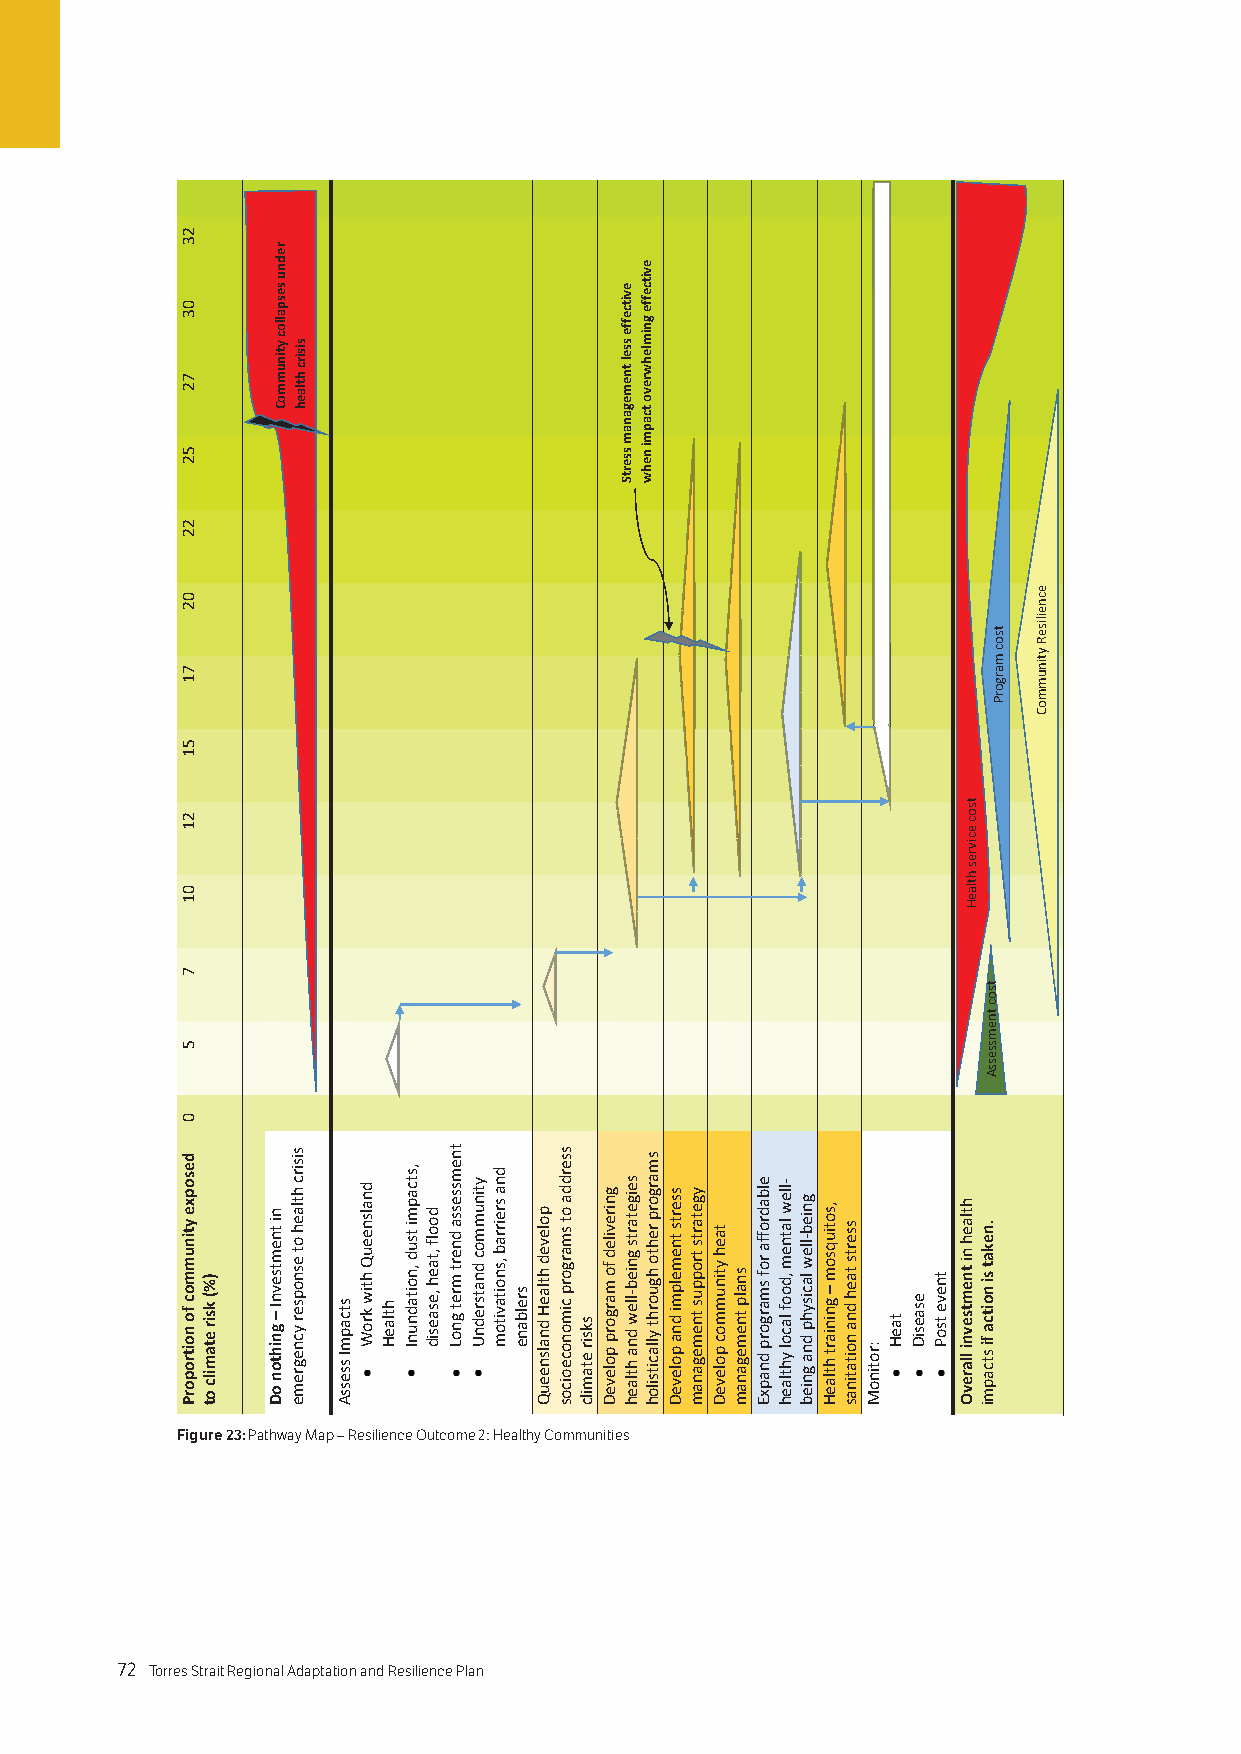
Figure 23: Pathway Map – Resilience Outcome 2: Healthy Communities
 72 Torres Strait Regional Adaptation and Resilience Plan
 23
 03
 72
 52
 22
 02
 71
 51
 21
 01
 7
 5
 0
 desopxe
 ytinummoc
 fo noitroporP )%( ksir etamilc
 ot
 ni
 tnemtsevnI
 – gnihton
 oD
 rednu
 sespalloc
 ytinummoC sisirc
 htlaeh
 sisirc
 htlaeh
 ot
 esnopser ycnegreme stcapmI
 ssessA
 dnalsneeuQ
 htiw kroW htlaeH
 ,stcapmi
 tsud
 ,noitadnunI
 doolf
 ,taeh ,esaesid
 tnemssessa
 dnert
 mret gnoL
 ytinummoc
 dnatsrednU
 dna
 sreirrab
 ,snoitavitom srelbane
 poleved
 htlaeH dnalsneeuQ
 sserdda
 ot
 smargorp
 cimonoceoicos sksir
 etamilc
 gnireviled
 fo margorp
 poleveD
 evitceffe
 ssel
 tnemeganam
 ssertS
 seigetarts
 gnieb-llew dna
 htlaeh
 evitceffe
 gnimlehwrevo
 tcapmi
 nehw
 smargorp
 rehto
 hguorht yllacitsiloh
 sserts
 tnemelpmi
 dna
 poleveD
 ygetarts
 troppus tnemeganam
 taeh
 ytinummoc
 poleveD
 snalp tnemeganam
 elbadroffa
 rof smargorp
 dnapxE
 -llew
 latnem
 ,doof lacol
 yhtlaeh
 gnieb-llew
 lacisyhp dna
 gnieb
 ,sotiuqsom
 – gniniart
 htlaeH
 sserts
 taeh dna noitatinas
 :rotinoM
 taeH esaesiD tneve tsoP
 htlaeh
 ni tnemtsevni
 llarevO
 tsoc
 ecivres
 htlaeH
 tsoc
 tnemssessA
 .nekat
 si noitca fi
 stcapmi
 tsoc
 margorP
 ecneiliseR
 ytinummoC